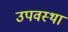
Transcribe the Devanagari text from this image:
उपवस्था